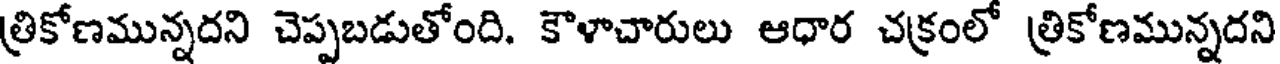
త్రికోణమున్నదని చెప్పబడుతోంది. కౌళాచారులు ఆధార చక్రంలో త్రికోణమున్నదని